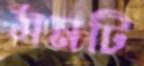
মনটি